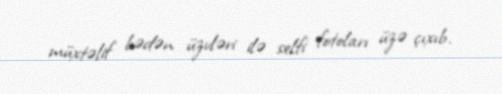
müxtəlif bədən üzvləri ilə selfi fotoları üzə çıxıb.